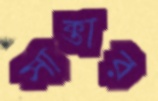
সাক্তার